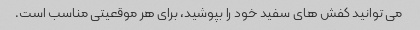
می توانید کفش های سفید خود را بپوشید، برای هر موقعیتی مناسب است.